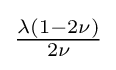
{\tfrac {\lambda (1-2\nu )}{2\nu }}